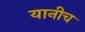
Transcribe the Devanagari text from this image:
यानीच